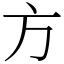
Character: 方